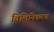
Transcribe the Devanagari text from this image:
विलिनिकरण